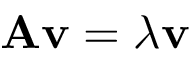
\mathbf { A } \mathbf { v } = \lambda \mathbf { v }